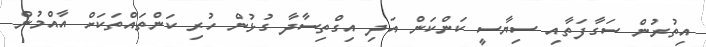
އިތުރުން ސަގާފަތާއި ސިޔާސީ ކަންކަން އަދި އިގްތިސާދާ ގުޅުން ހުރި ކަންތައްތަކަށް އާއްމުން